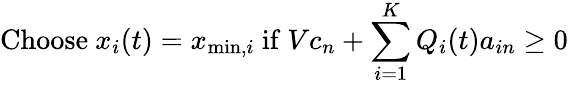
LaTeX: {\mathrm{Choose~}}x_{i}(t)=x_{\operatorname*{min},i}{\mathrm{~if~}}Vc_{n}+\sum_{i=1}^{K}Q_{i}(t)a_{in}\geq 0